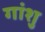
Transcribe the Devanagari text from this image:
गांशु